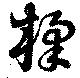
楺